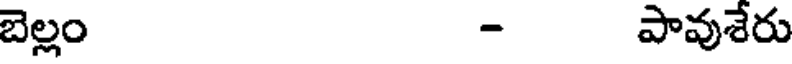
బెల్లం - పావుశేరు